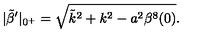
| \tilde { \beta } ^ { \prime } | _ { 0 ^ { + } } = \sqrt { \tilde { k } ^ { 2 } + k ^ { 2 } - a ^ { 2 } \beta ^ { 8 } ( 0 ) } .